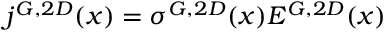
j ^ { G , 2 D } ( x ) = \sigma ^ { G , 2 D } ( x ) E ^ { G , 2 D } ( x )